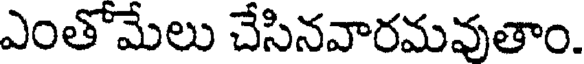
ఎంతోమేలు చేసినవారమవుతాం.